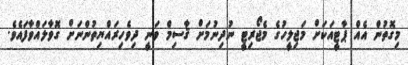
މިގޮތުން އެއް ޕާޓީއަކަށް މަޖިލީހުގެ މެޖޯރިޓީ ނުދިނުމަށް ޤާސިމް ވަނީ ދިވެހިރައްޔިތުންނަށް ގޮވާލައްވާފައެވެ.